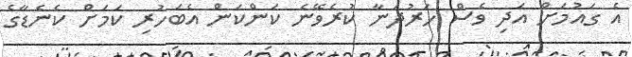
އެ ގައުމަށް އަދި ވެސް ހަރުދަނާ ކުރެވޭނެ ކަންކަން އެބަހުރި ކަމަށް ކެނެޑާގެ